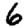
Digit: 6